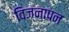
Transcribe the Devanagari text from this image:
विज्नापन